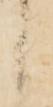
候